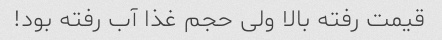
قیمت رفته بالا ولی حجم غذا آب رفته بود!